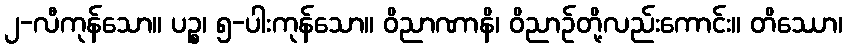
၂-လီကုန်သော။ ပဉ္စ၊ ၅-ပါးကုန်သော။ ဝိညာဏာနိ၊ ဝိညာဉ်တို့လည်းကောင်း။ တိဿော၊